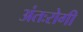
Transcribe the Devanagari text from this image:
अंतःरोगी